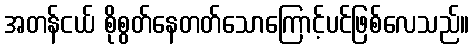
အတန်ငယ် စိုစွတ်နေတတ်သောကြောင့်ပင်ဖြစ်လေသည်။